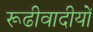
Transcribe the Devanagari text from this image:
रूढीवादीयों